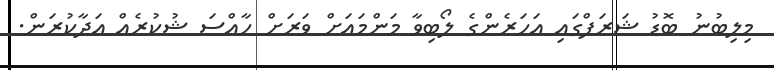
މިލިބުނު ބޮޑު ޝަރަފްގައި އަހަރެންގެ ލޯބިވާ މަންމައަށް ވަރަށް ހާއްސަ ޝުކުރެއް އަދާކުރަން.